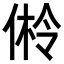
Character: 𪝎